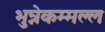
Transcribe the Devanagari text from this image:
भुन्नेकम्मल्ल